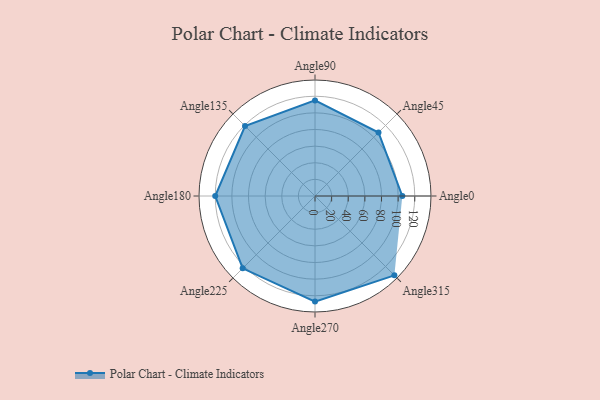
{"axis": {"x": "Angle", "y": "Radius"}, "legend": [""], "data": [{"x": "Angle0", "y": 105.0, "type": ""}, {"x": "Angle45", "y": 108.0, "type": ""}, {"x": "Angle90", "y": 115.0, "type": ""}, {"x": "Angle135", "y": 119.0, "type": ""}, {"x": "Angle180", "y": 120.0, "type": ""}, {"x": "Angle225", "y": 123.0, "type": ""}, {"x": "Angle270", "y": 127.0, "type": ""}, {"x": "Angle315", "y": 135.0, "type": ""}]}